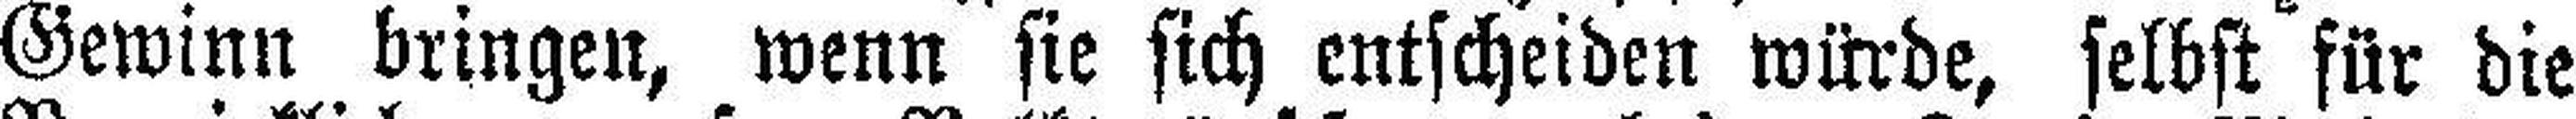
Gewinn bringen, wenn sie sich entscheiden würde, selbst für die